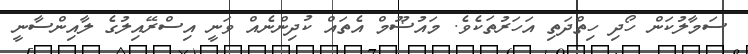
ސަމާލުކަން ހޯދި ހިތްދަތި އަހަރުތަކެވެ. މައުޟޫމް އެތައް ކުދިންނެއް ވަނީ އިސްރޭއިލުގެ ލާއިންސާނީ